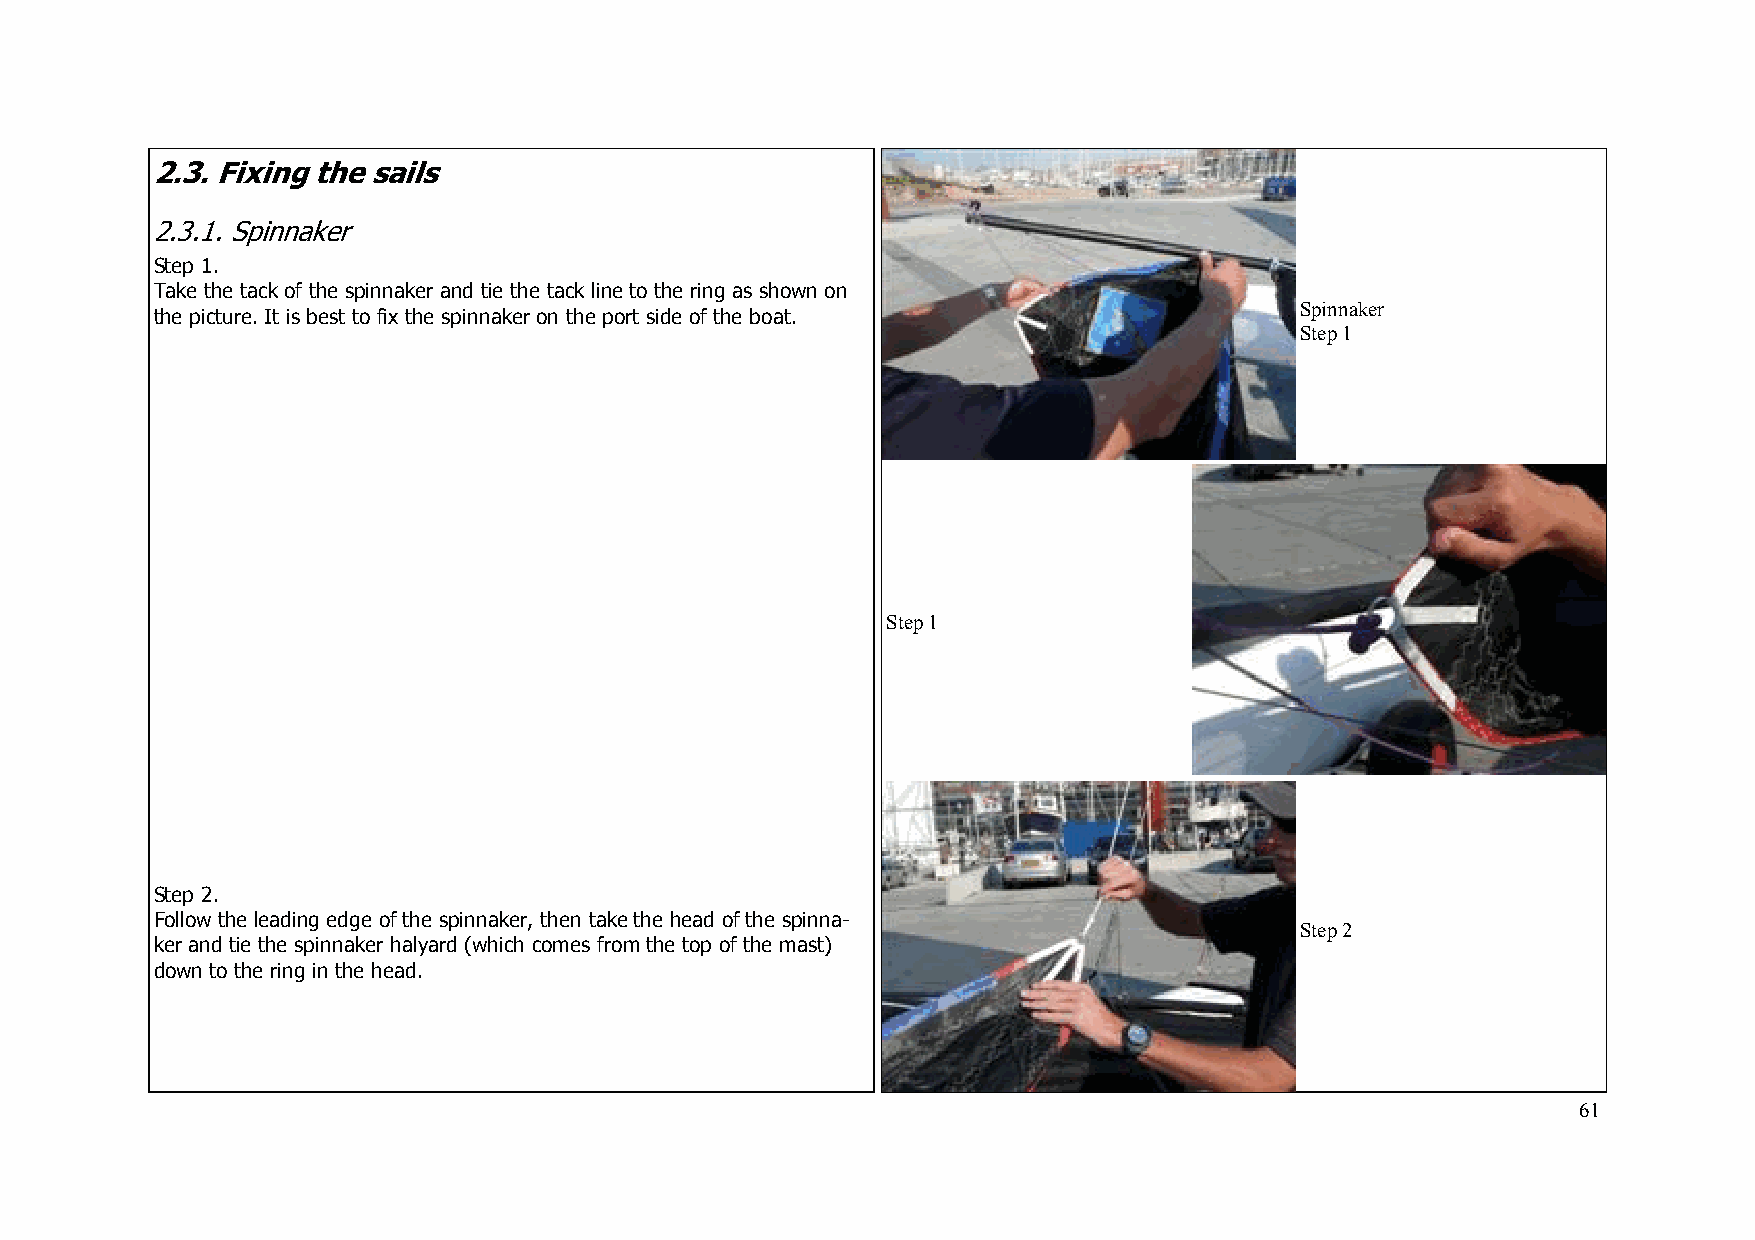
2 .3. Fixing the sails
 2.3.1. Spinnaker
 Step 1.
 Take the tack of the spinnaker and tie the tack line to the ring as shown on
 Spinnaker
 the picture. It is best to fix the spinnaker on the port side of the boat.
 Step 1
 Step 1
 Step 2.
 Follow the leading edge of the spinnaker, then take the head of the spinna-
 Step 2
 ker and tie the spinnaker halyard (which comes from the top of the mast)
 down to the ring in the head.
 61